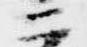
二